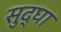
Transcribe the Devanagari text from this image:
सुद्घा